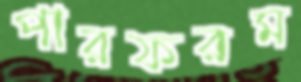
পারফরম